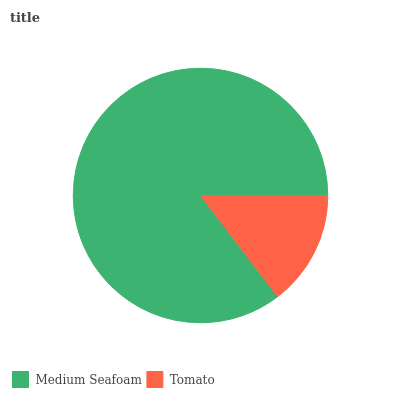
| Medium Seafoam | Tomato |
 | --- | --- |
 | 85.4% | 14.6% |